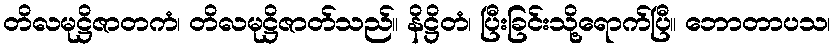
တိလမုဋ္ဌိဇာတကံ၊ တိလမုဋ္ဌိဇာတ်သည်။ နိဋ္ဌိတံ၊ ပြီးခြင်းသို့ရောက်ပြီ။ ဘောတာပသ၊